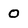
Character: 0